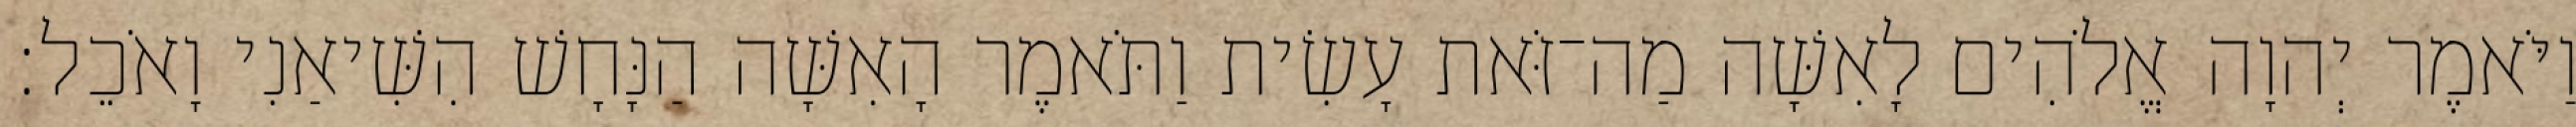
וַיֹּאמֶר יְהוָה אֱלֹהִים לָאִשָּׁה מַה־זֹּאת עָשִׂית וַתֹּאמֶר הָאִשָּׁה הַנָּחָשׁ הִשִּׁיאַנִי וָאֹכֵל׃